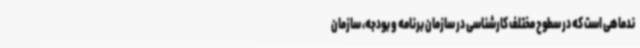
ندماهی است که در سطوح مختلف کارشناسی در سازمان برنامه و بودجه، سازمان